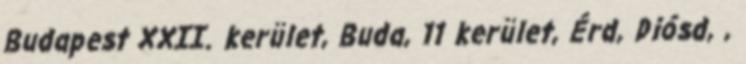
Budapest XXII. kerület, Buda, 11 kerület, Érd, Diósd, ,